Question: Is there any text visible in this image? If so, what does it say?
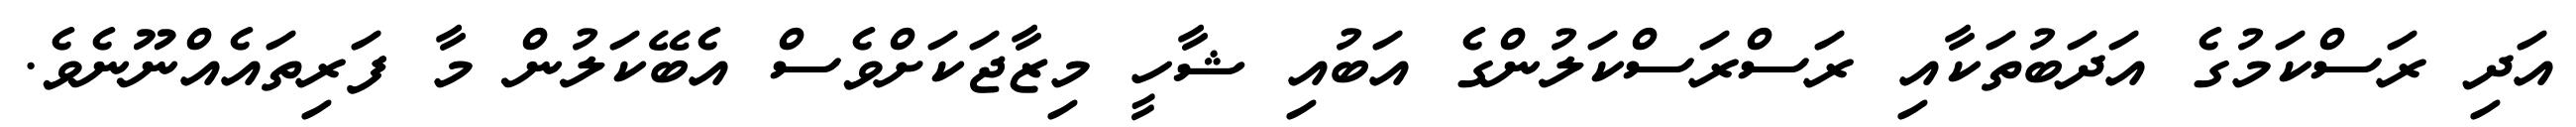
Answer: އަދި ރަސްކަމުގެ އަދަބުތަކާއި ރަސްރަސްކަލުންގެ އަބުއި ޝާހީ މިޒާޖަކަށްވެސް އެބޭކަލުން މާ ފަރިތައެއްނޫނެވެ.